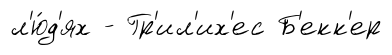
л'ю́д'ях - Гр'ил'их'ес Б'екк'ер